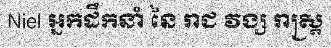
Niel អ្នកដឹកនាំ នៃ រាជ វង្ស រាស្ត្រ